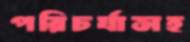
পরিচর্যাসহ